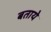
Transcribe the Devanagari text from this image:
बतायेे